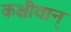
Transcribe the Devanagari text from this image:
कक्षीवान्‌